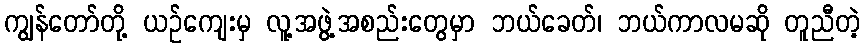
ကျွန်တော်တို့ ယဉ်ကျေးမှ လူ့အဖွဲ့အစည်းတွေမှာ ဘယ်ခေတ်၊ ဘယ်ကာလမဆို တူညီတဲ့